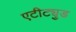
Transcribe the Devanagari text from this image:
एटीट्युड